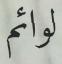
لوائم